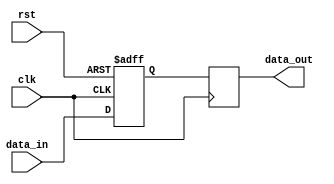
module timing_control_sync (
    input wire clk,
    input wire rst,
    input wire data_in,
    output reg data_out
);

reg [7:0] data_reg;

always @(posedge clk or posedge rst) begin
    if (rst) begin
        data_reg <= 8'h00;
    end else begin
        data_reg <= data_in; // Synchronize input data
    end
end

always @(posedge clk) begin
    // Timing control logic goes here
    // For example, control data transfer rates, latency, clock cycles
    // Implement synchronization mechanisms to prevent data corruption or loss
    // Ensure reliable and efficient data transfer within the PCI Express bus
    // This is where you would include your robust timing control and synchronization mechanisms
    data_out <= data_reg; // Output synchronized data
end

endmodule